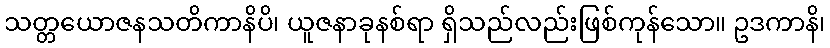
သတ္တယောဇနသတိကာနိပိ၊ ယူဇနာခုနစ်ရာ ရှိသည်လည်းဖြစ်ကုန်သော။ ဥဒကာနိ၊